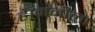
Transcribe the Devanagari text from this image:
है।मनीला